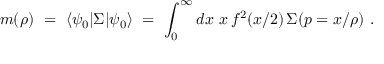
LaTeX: m ( \rho ) \ = \ \langle \psi _ { 0 } | \Sigma | \psi _ { 0 } \rangle \ = \ \int _ { 0 } ^ { \infty } { d x \ x \, f ^ { 2 } ( x / 2 ) \, \Sigma ( p = x / \rho ) } \ .